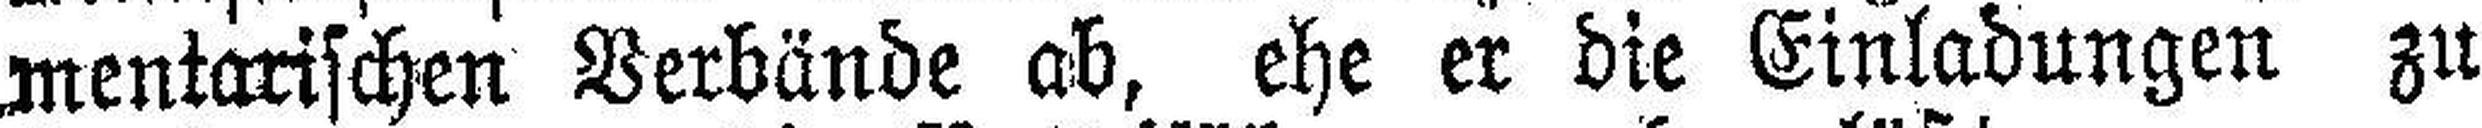
mentarischen Verbände ab, ehe er die Einladungen zu